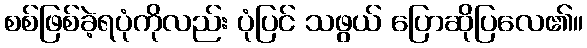
စစ်ဖြစ်ခဲ့ရပုံကိုလည်း ပုံပြင် သဖွယ် ပြောဆိုပြလေ၏။